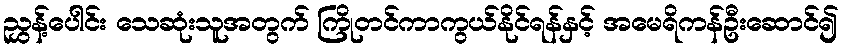
ညွှန့်ပေါင်း သေဆုံးသူအတွက် ကြိုတင်ကာကွယ်နိုင်ရန်နှင့် အမေရိကန်ဦးဆောင်၍